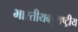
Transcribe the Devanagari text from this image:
भारतीयबहुराष्ट्रीय